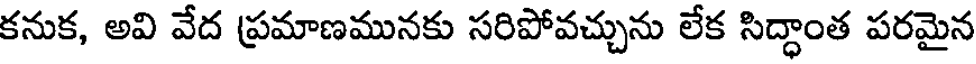
కనుక, అవి వేద ప్రమాణమునకు సరిపోవచ్చును లేక సిద్ధాంత పరమైన